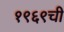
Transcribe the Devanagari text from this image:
१९६९ची